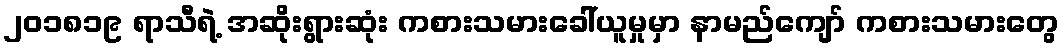
၂၀၁၈၁၉ ရာသီရဲ့ အဆိုးရွားဆုံး ကစားသမားခေါ်ယူမှုမှာ နာမည်ကျော် ကစားသမားတွေ